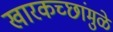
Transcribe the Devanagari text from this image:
खारकच्छांमुळे